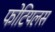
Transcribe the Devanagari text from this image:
फोटियलस